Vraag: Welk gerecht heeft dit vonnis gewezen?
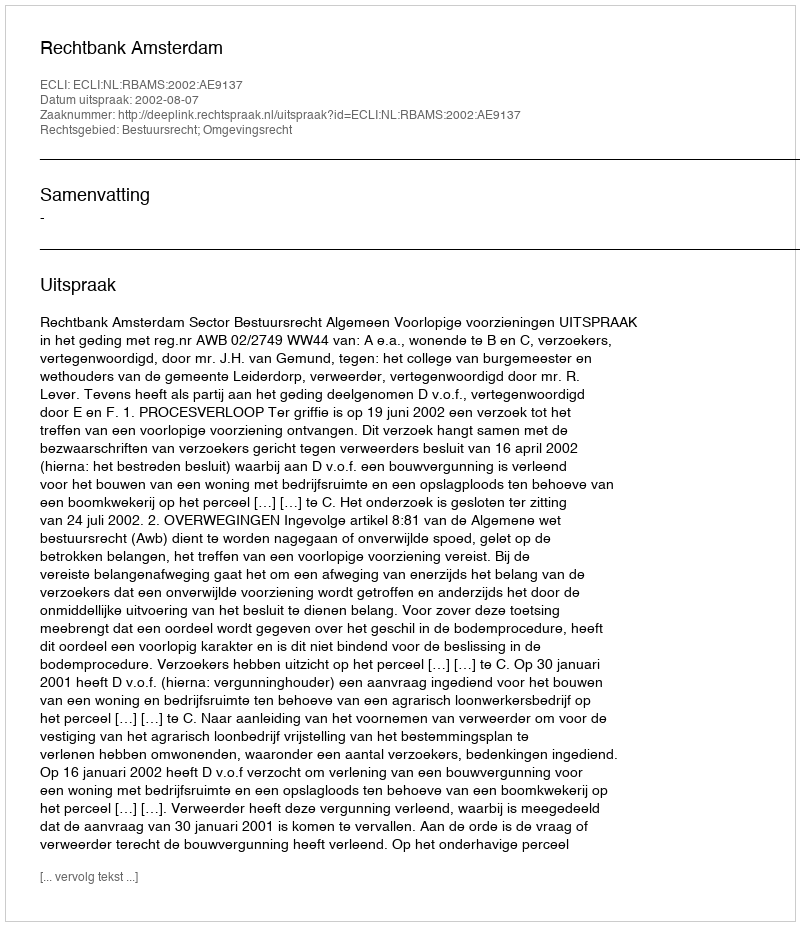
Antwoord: Rechtbank Amsterdam